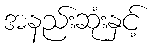
အနည်းဆုံးနှင့်